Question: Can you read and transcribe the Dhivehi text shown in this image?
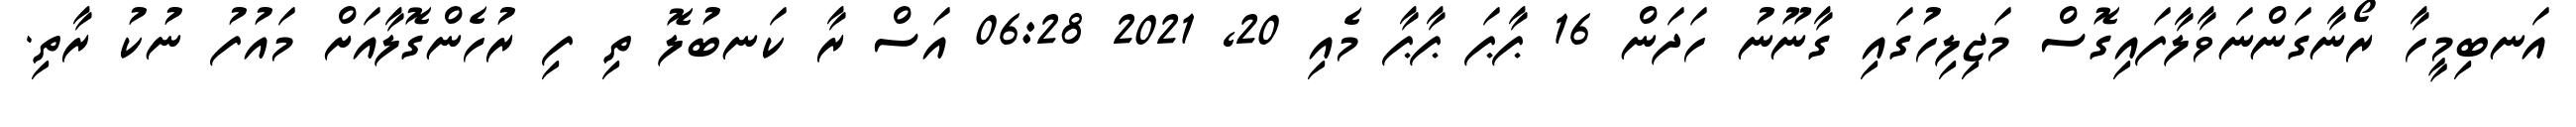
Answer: އަނބިމީހާ ރޯނާގަންނަވާލާފައިގޮސް މަޖިލިހުގައި ގާނޫނު ހަދަން 16 ޕާޕަ ޕާޕާ މެއި 20, 2021 06:28 އަސް ރާ ކަނބުލޮ ތި ފި ރުހެންގޮލާއަށް މައުފު ނުކު ރާތި.